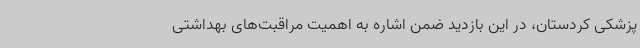
پزشکی کردستان، در این بازدید ضمن اشاره به اهمیت مراقبت‌های بهداشتی